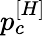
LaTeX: p_{c}^{[H]}